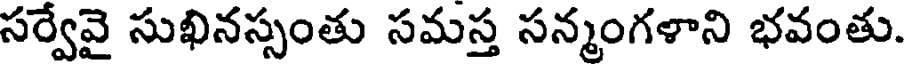
సర్వేవై సుఖినస్సంతు సమస్త సన్మంగళాని భవంతు.